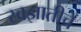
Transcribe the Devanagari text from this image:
स्वज्ञातीचें